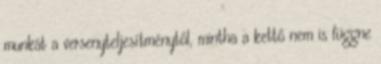
munkát a versenyteljesítménytől, mintha a kettő nem is függne